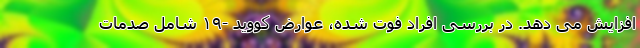
افزایش می دهد. در بررسی افراد فوت شده، عوارض کووید -۱۹ شامل صدمات